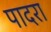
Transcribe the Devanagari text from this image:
पादरा